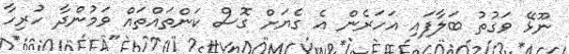
ނޫޅޭ ވަގުތު ބަލާފައި އަހަރެން އެ ގެޔަށް ގޮސް ކަންތައްތައް ވަމުންދާ ހުރިހާ